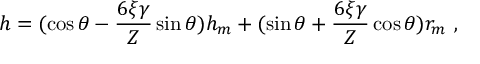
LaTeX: h = ( \cos \theta - \frac { 6 \xi \gamma } { Z } \sin \theta ) h _ { m } + ( \sin \theta + \frac { 6 \xi \gamma } { Z } \cos \theta ) r _ { m } \mathrm { ~ , ~ }